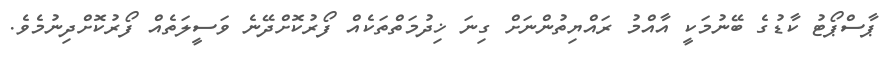
ޕާސްޕޯޓު ކާޑުގެ ބޭނުމަކީ އާއްމު ރައްޔިތުންނަށް ގިނަ ޚިދުމަތްތަކެއް ފޯރުކޮށްދޭނެ ވަސީލަތެއް ފޯރުކޮށްދިނުމެވެ.